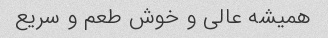
همیشه عالی و خوش طعم و سریع